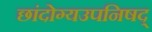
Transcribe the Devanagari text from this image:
छांदोग्यउपनिषद्